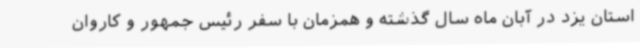
استان یزد در آبان ماه سال گذشته و همزمان با سفر رئیس جمهور و کاروان